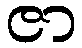
ဇာ